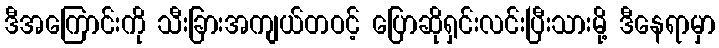
ဒီအကြောင်းကို သီးခြားအကျယ်တဝင့် ပြောဆိုရှင်းလင်းပြီးသားမို့ ဒီနေရာမှာ